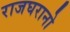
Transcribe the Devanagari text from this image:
राजघरानो